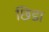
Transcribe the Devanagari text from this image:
छिडा